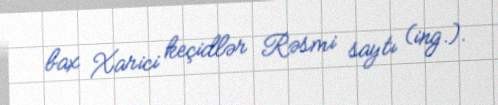
bax Xarici keçidlər Rəsmi saytı (ing.).